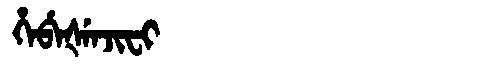
Manchu: ᡥᡝᠪᡝᡧᡝᠨᠵᡳᠸᡳ
Romanization: HEBEŠENJIFI